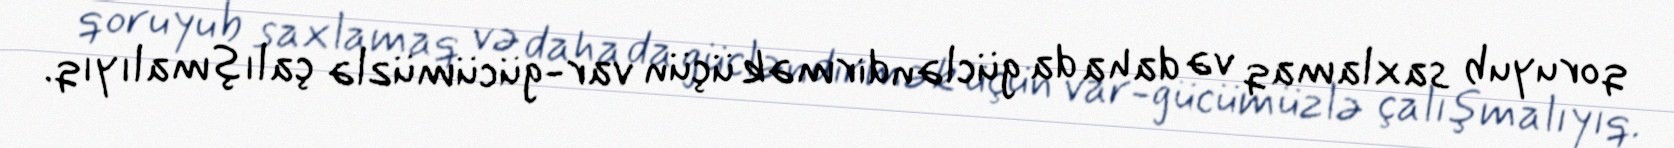
qoruyub saxlamaq və daha da gücləndirmək üçün var-gücümüzlə çalışmalıyıq.